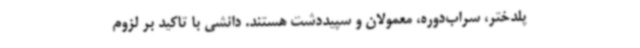
پلدختر، سراب‌دوره، معمولان و سپیددشت هستند. دانشی با تاکید بر لزوم